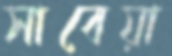
সাবেয়া